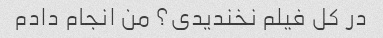
در کل فیلم نخندیدی؟ من انجام دادم